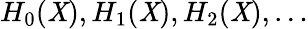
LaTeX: H_{0}(\mathit{X}),H_{1}(\mathit{X}),H_{2}(\mathit{X}),\ldots